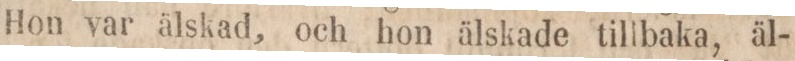
Hon var älskad, och hon älskade tillbaka, äl-